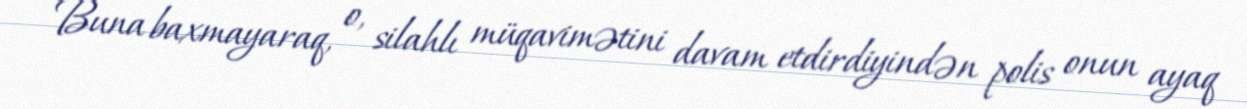
Buna baxmayaraq, o, silahlı müqavimətini davam etdirdiyindən polis onun ayaq